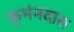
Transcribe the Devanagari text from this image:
कुभंनदास